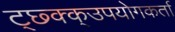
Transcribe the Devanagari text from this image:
ट्छ्क्क्उपयोगकर्ता